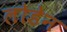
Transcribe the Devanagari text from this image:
लोडेन